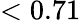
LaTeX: <0.71